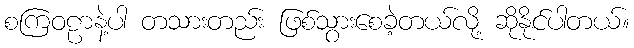
စကြဝဠာနဲ့ပါ တသားတည်း ဖြစ်သွားစေခဲ့တယ်လို့ ဆိုနိုင်ပါတယ်။